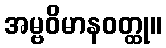
အမ္ဗဝိမာနဝတ္ထု။